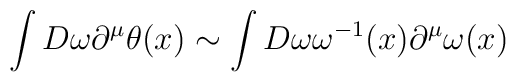
\int D\omega \partial^{\mu}\theta(x) \sim \int D\omega \omega^{-1}(x)\partial^{\mu}\omega(x)